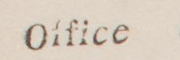
O
ffice